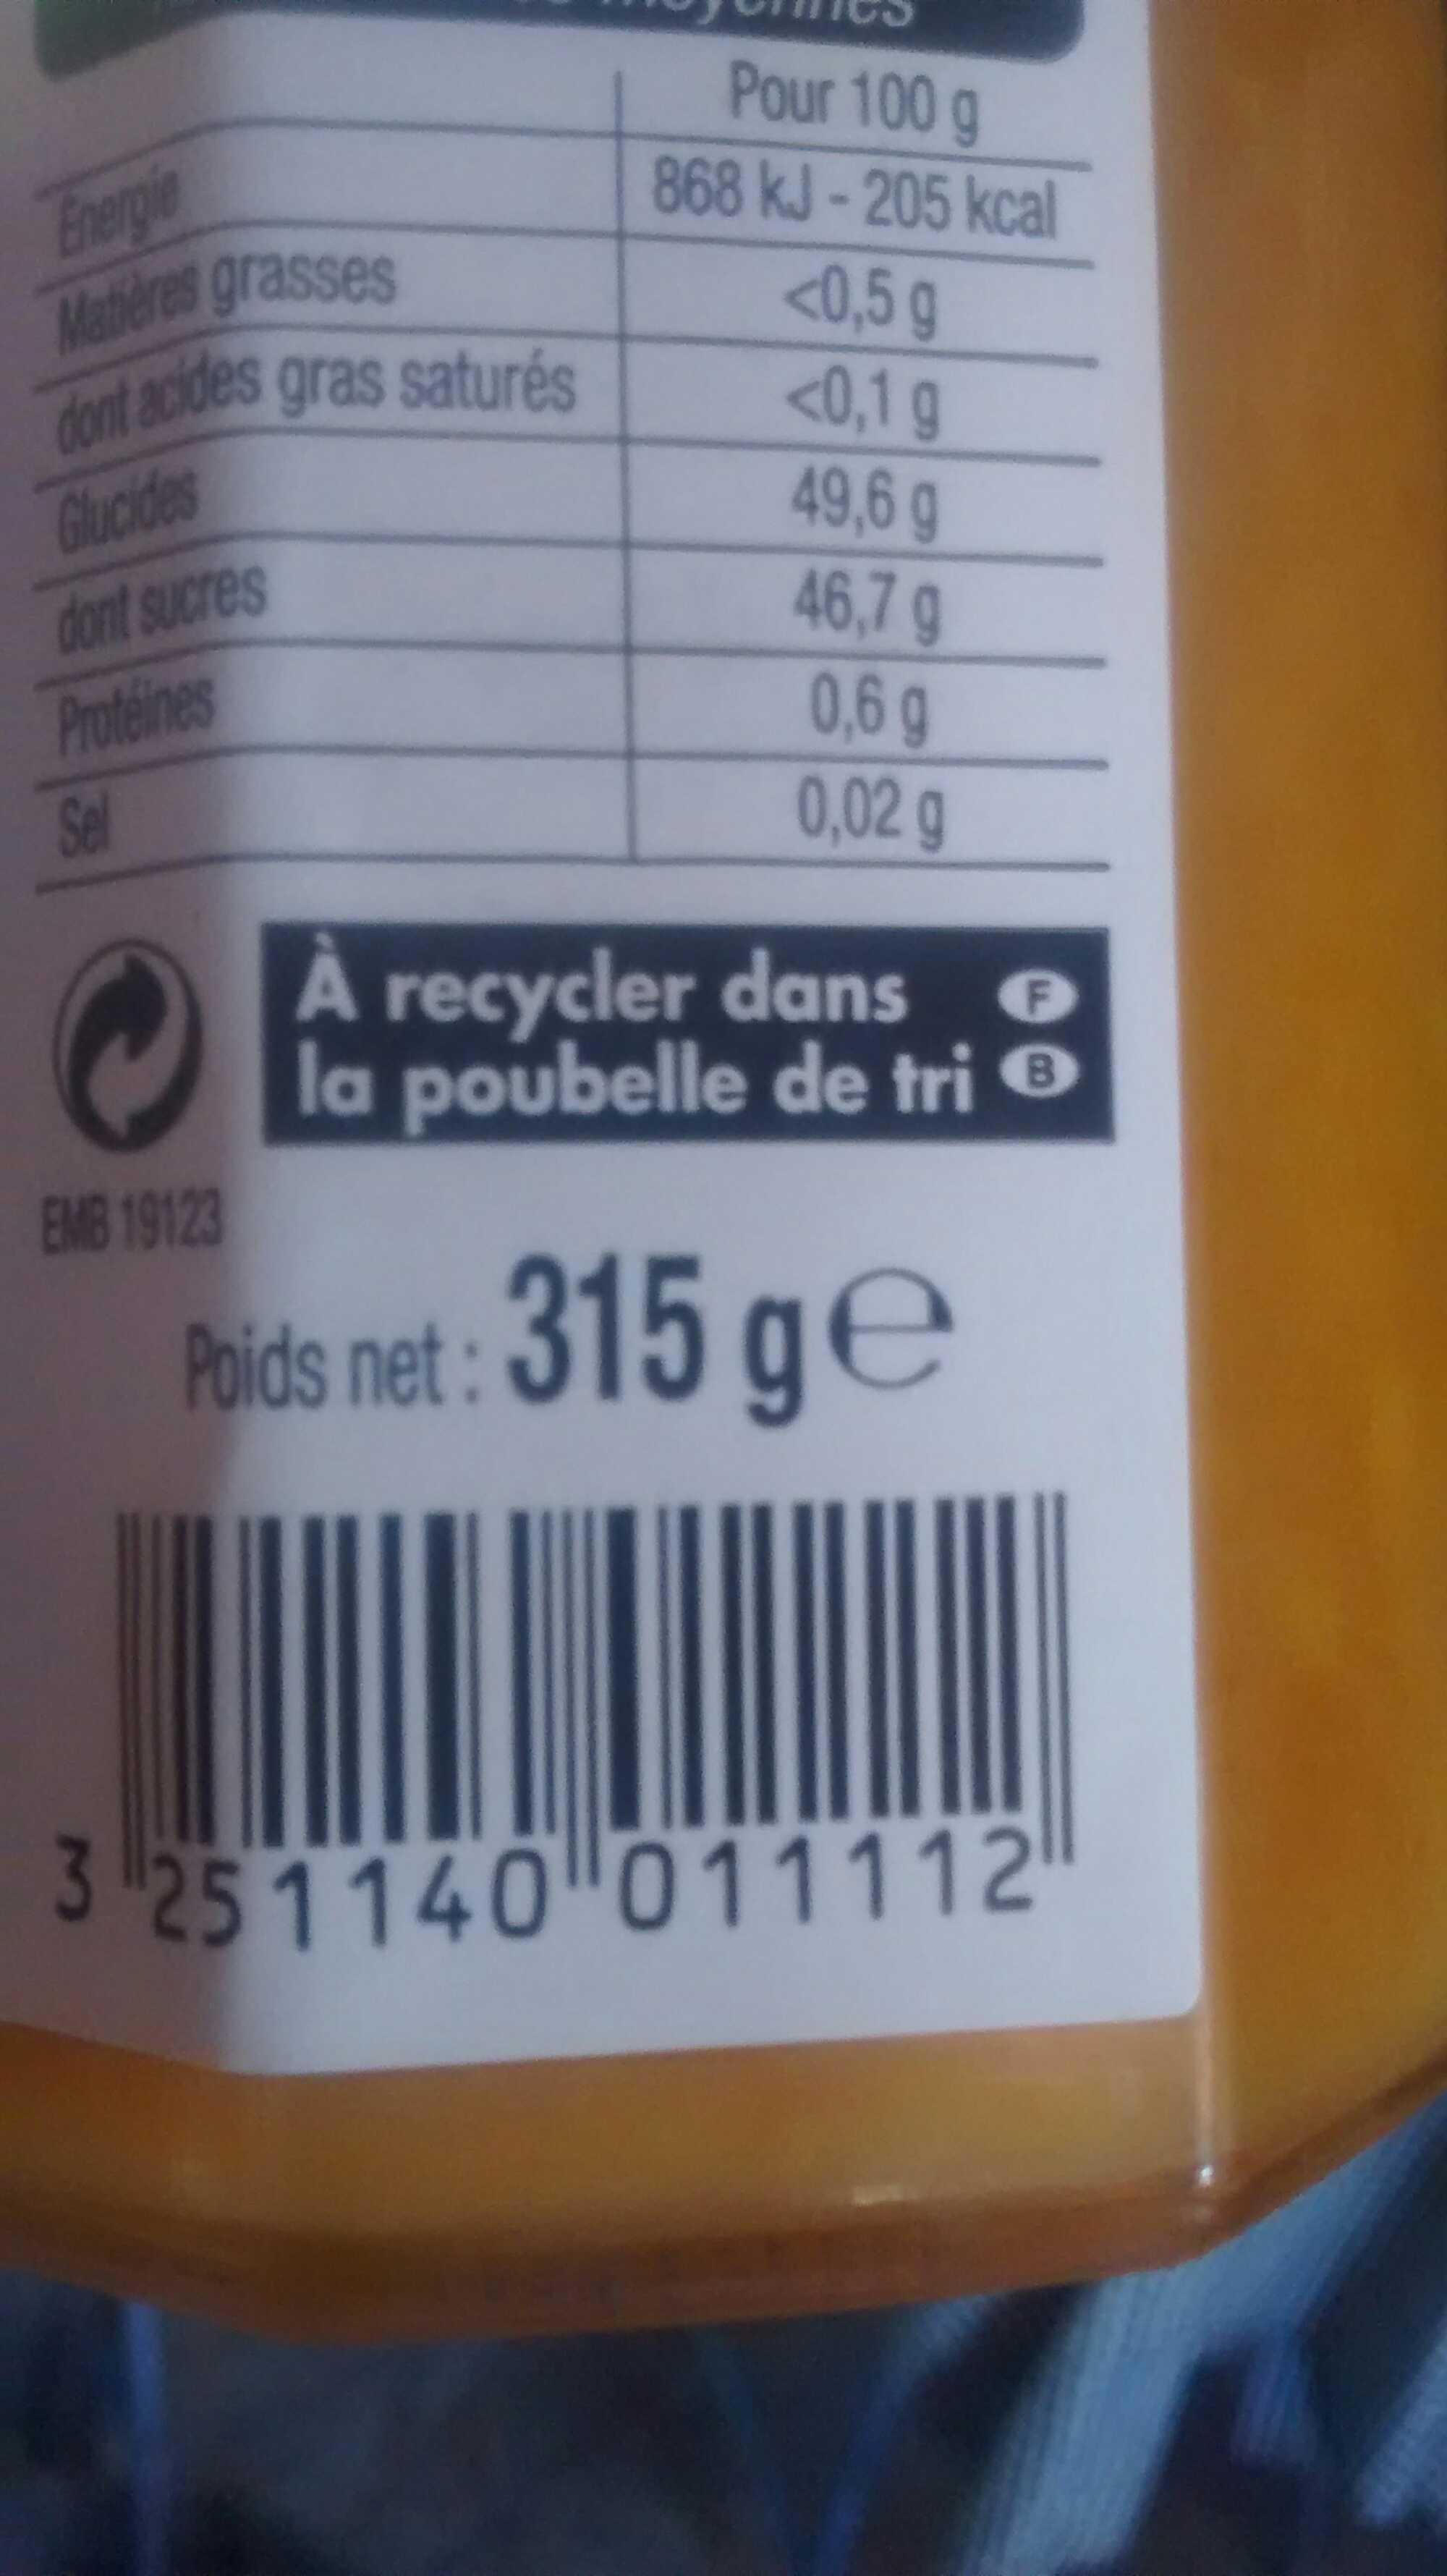
Energie
Matières grasses dont acides gras saturés
Glucides
dont sucres
Protéines
Sel
EMB 19123
Pour 100 g
868 kJ-205 kcal
<0,5 g
<0,1 g
49,6 g
46,7 g
0,6 g
0,02 g
A recycler dans F la poubelle de tri Ⓡ
Poids net: 315 ge
3 251140 011112